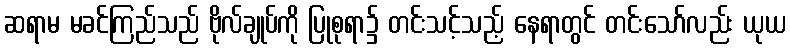
ဆရာမ မခင်ကြည်သည် ဗိုလ်ချုပ်ကို ပြုစုရာ၌ တင်းသင့်သည့် နေရာတွင် တင်းသော်လည်း ယုယ